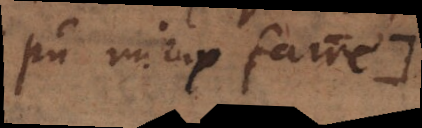
pû mieux faire.